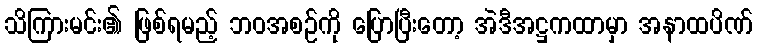
သိကြားမင်း၏ ဖြစ်ရမည့် ဘဝအစဉ်ကို ပြောပြီးတော့ အဲဒီအဋ္ဌကထာမှာ အနာထပိဏ်